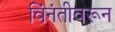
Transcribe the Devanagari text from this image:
विंनंतीवरून